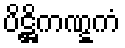
ပိဋ္ဌိကဏ္ဋကံ